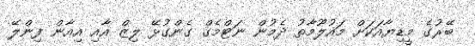
ބޭރުގެ މީޑިޔާއަކަށް މައުލޫމާތު ދެމުން ނަޓްމެގް ގެންގުޅޭ ލިޒް އާއި އިއާން ފިންލޭ